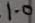
Text: 1.0